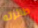
طائرته